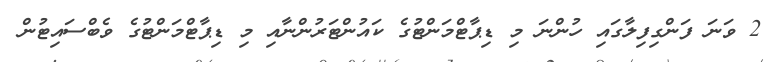
2 ވަނަ ފަންގިފިލާގައި ހުންނަ މި ޑިޕާޓްމަންޓުގެ ކައުންޓަރުންނާއި މި ޑިޕާޓްމަންޓުގެ ވެބްސައިޓުން